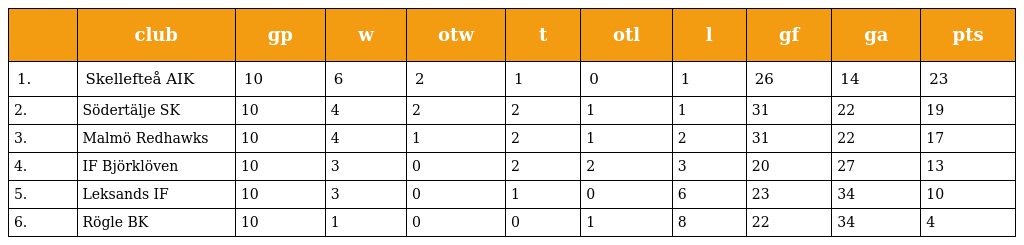
|  | club | gp | w | otw | t | otl | l | gf | ga | pts |
 | --- | --- | --- | --- | --- | --- | --- | --- | --- | --- | --- |
 | 1. | Skellefteå AIK | 10 | 6 | 2 | 1 | 0 | 1 | 26 | 14 | 23 |
 | 2. | Södertälje SK | 10 | 4 | 2 | 2 | 1 | 1 | 31 | 22 | 19 |
 | 3. | Malmö Redhawks | 10 | 4 | 1 | 2 | 1 | 2 | 31 | 22 | 17 |
 | 4. | IF Björklöven | 10 | 3 | 0 | 2 | 2 | 3 | 20 | 27 | 13 |
 | 5. | Leksands IF | 10 | 3 | 0 | 1 | 0 | 6 | 23 | 34 | 10 |
 | 6. | Rögle BK | 10 | 1 | 0 | 0 | 1 | 8 | 22 | 34 | 4 |